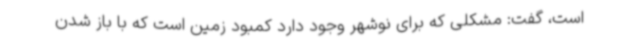
است، گفت: مشکلی که برای نوشهر وجود دارد کمبود زمین است که با باز شدن